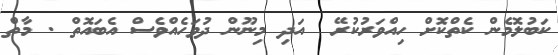
ކަބުލޮމެން ކެތްކޮށް ހިއްވަރުކުރޭ  އަދި މިނޫން ދުވަހެއްވެސް އެބައޮތް . މާތް